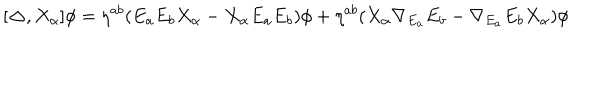
LaTeX: [ { \bf \Delta } , X _ { \alpha } ] \phi = { \eta } ^ { a b } ( E _ { a } E _ { b } X _ { \alpha } - X _ { \alpha } E _ { a } E _ { b } ) \phi + { \eta } ^ { a b } ( X _ { \alpha } { \nabla _ { E _ { a } } } E _ { b } - { \nabla _ { E _ { a } } } E _ { b } X _ { \alpha } ) \phi